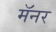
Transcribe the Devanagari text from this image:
मॅनर